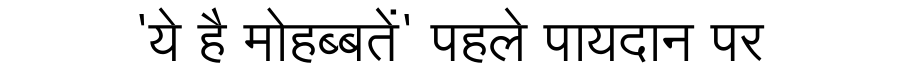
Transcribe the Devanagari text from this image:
'ये है मोहब्बतें' पहले पायदान पर